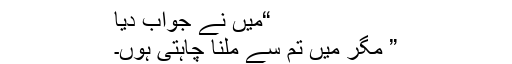
“میں نے جواب دیا
” مگر میں تم سے ملنا چاہتی ہوں۔